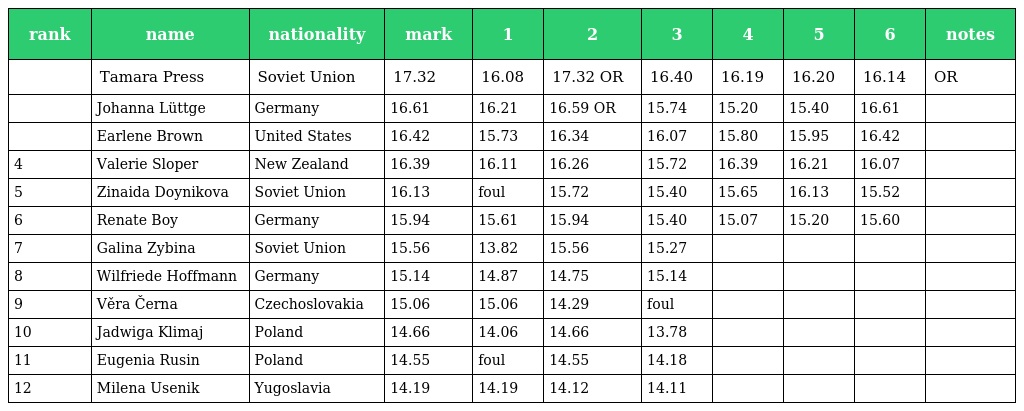
| rank | name | nationality | mark | 1 | 2 | 3 | 4 | 5 | 6 | notes |
 | --- | --- | --- | --- | --- | --- | --- | --- | --- | --- | --- |
 |  | Tamara Press | Soviet Union | 17.32 | 16.08 | 17.32 OR | 16.40 | 16.19 | 16.20 | 16.14 | OR |
 |  | Johanna Lüttge | Germany | 16.61 | 16.21 | 16.59 OR | 15.74 | 15.20 | 15.40 | 16.61 |  |
 |  | Earlene Brown | United States | 16.42 | 15.73 | 16.34 | 16.07 | 15.80 | 15.95 | 16.42 |  |
 | 4 | Valerie Sloper | New Zealand | 16.39 | 16.11 | 16.26 | 15.72 | 16.39 | 16.21 | 16.07 |  |
 | 5 | Zinaida Doynikova | Soviet Union | 16.13 | foul | 15.72 | 15.40 | 15.65 | 16.13 | 15.52 |  |
 | 6 | Renate Boy | Germany | 15.94 | 15.61 | 15.94 | 15.40 | 15.07 | 15.20 | 15.60 |  |
 | 7 | Galina Zybina | Soviet Union | 15.56 | 13.82 | 15.56 | 15.27 |  |  |  |  |
 | 8 | Wilfriede Hoffmann | Germany | 15.14 | 14.87 | 14.75 | 15.14 |  |  |  |  |
 | 9 | Věra Černa | Czechoslovakia | 15.06 | 15.06 | 14.29 | foul |  |  |  |  |
 | 10 | Jadwiga Klimaj | Poland | 14.66 | 14.06 | 14.66 | 13.78 |  |  |  |  |
 | 11 | Eugenia Rusin | Poland | 14.55 | foul | 14.55 | 14.18 |  |  |  |  |
 | 12 | Milena Usenik | Yugoslavia | 14.19 | 14.19 | 14.12 | 14.11 |  |  |  |  |